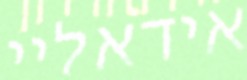
אידאליי